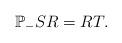
LaTeX: \begin{align*}\mathbb P_-S R=RT.\end{align*}